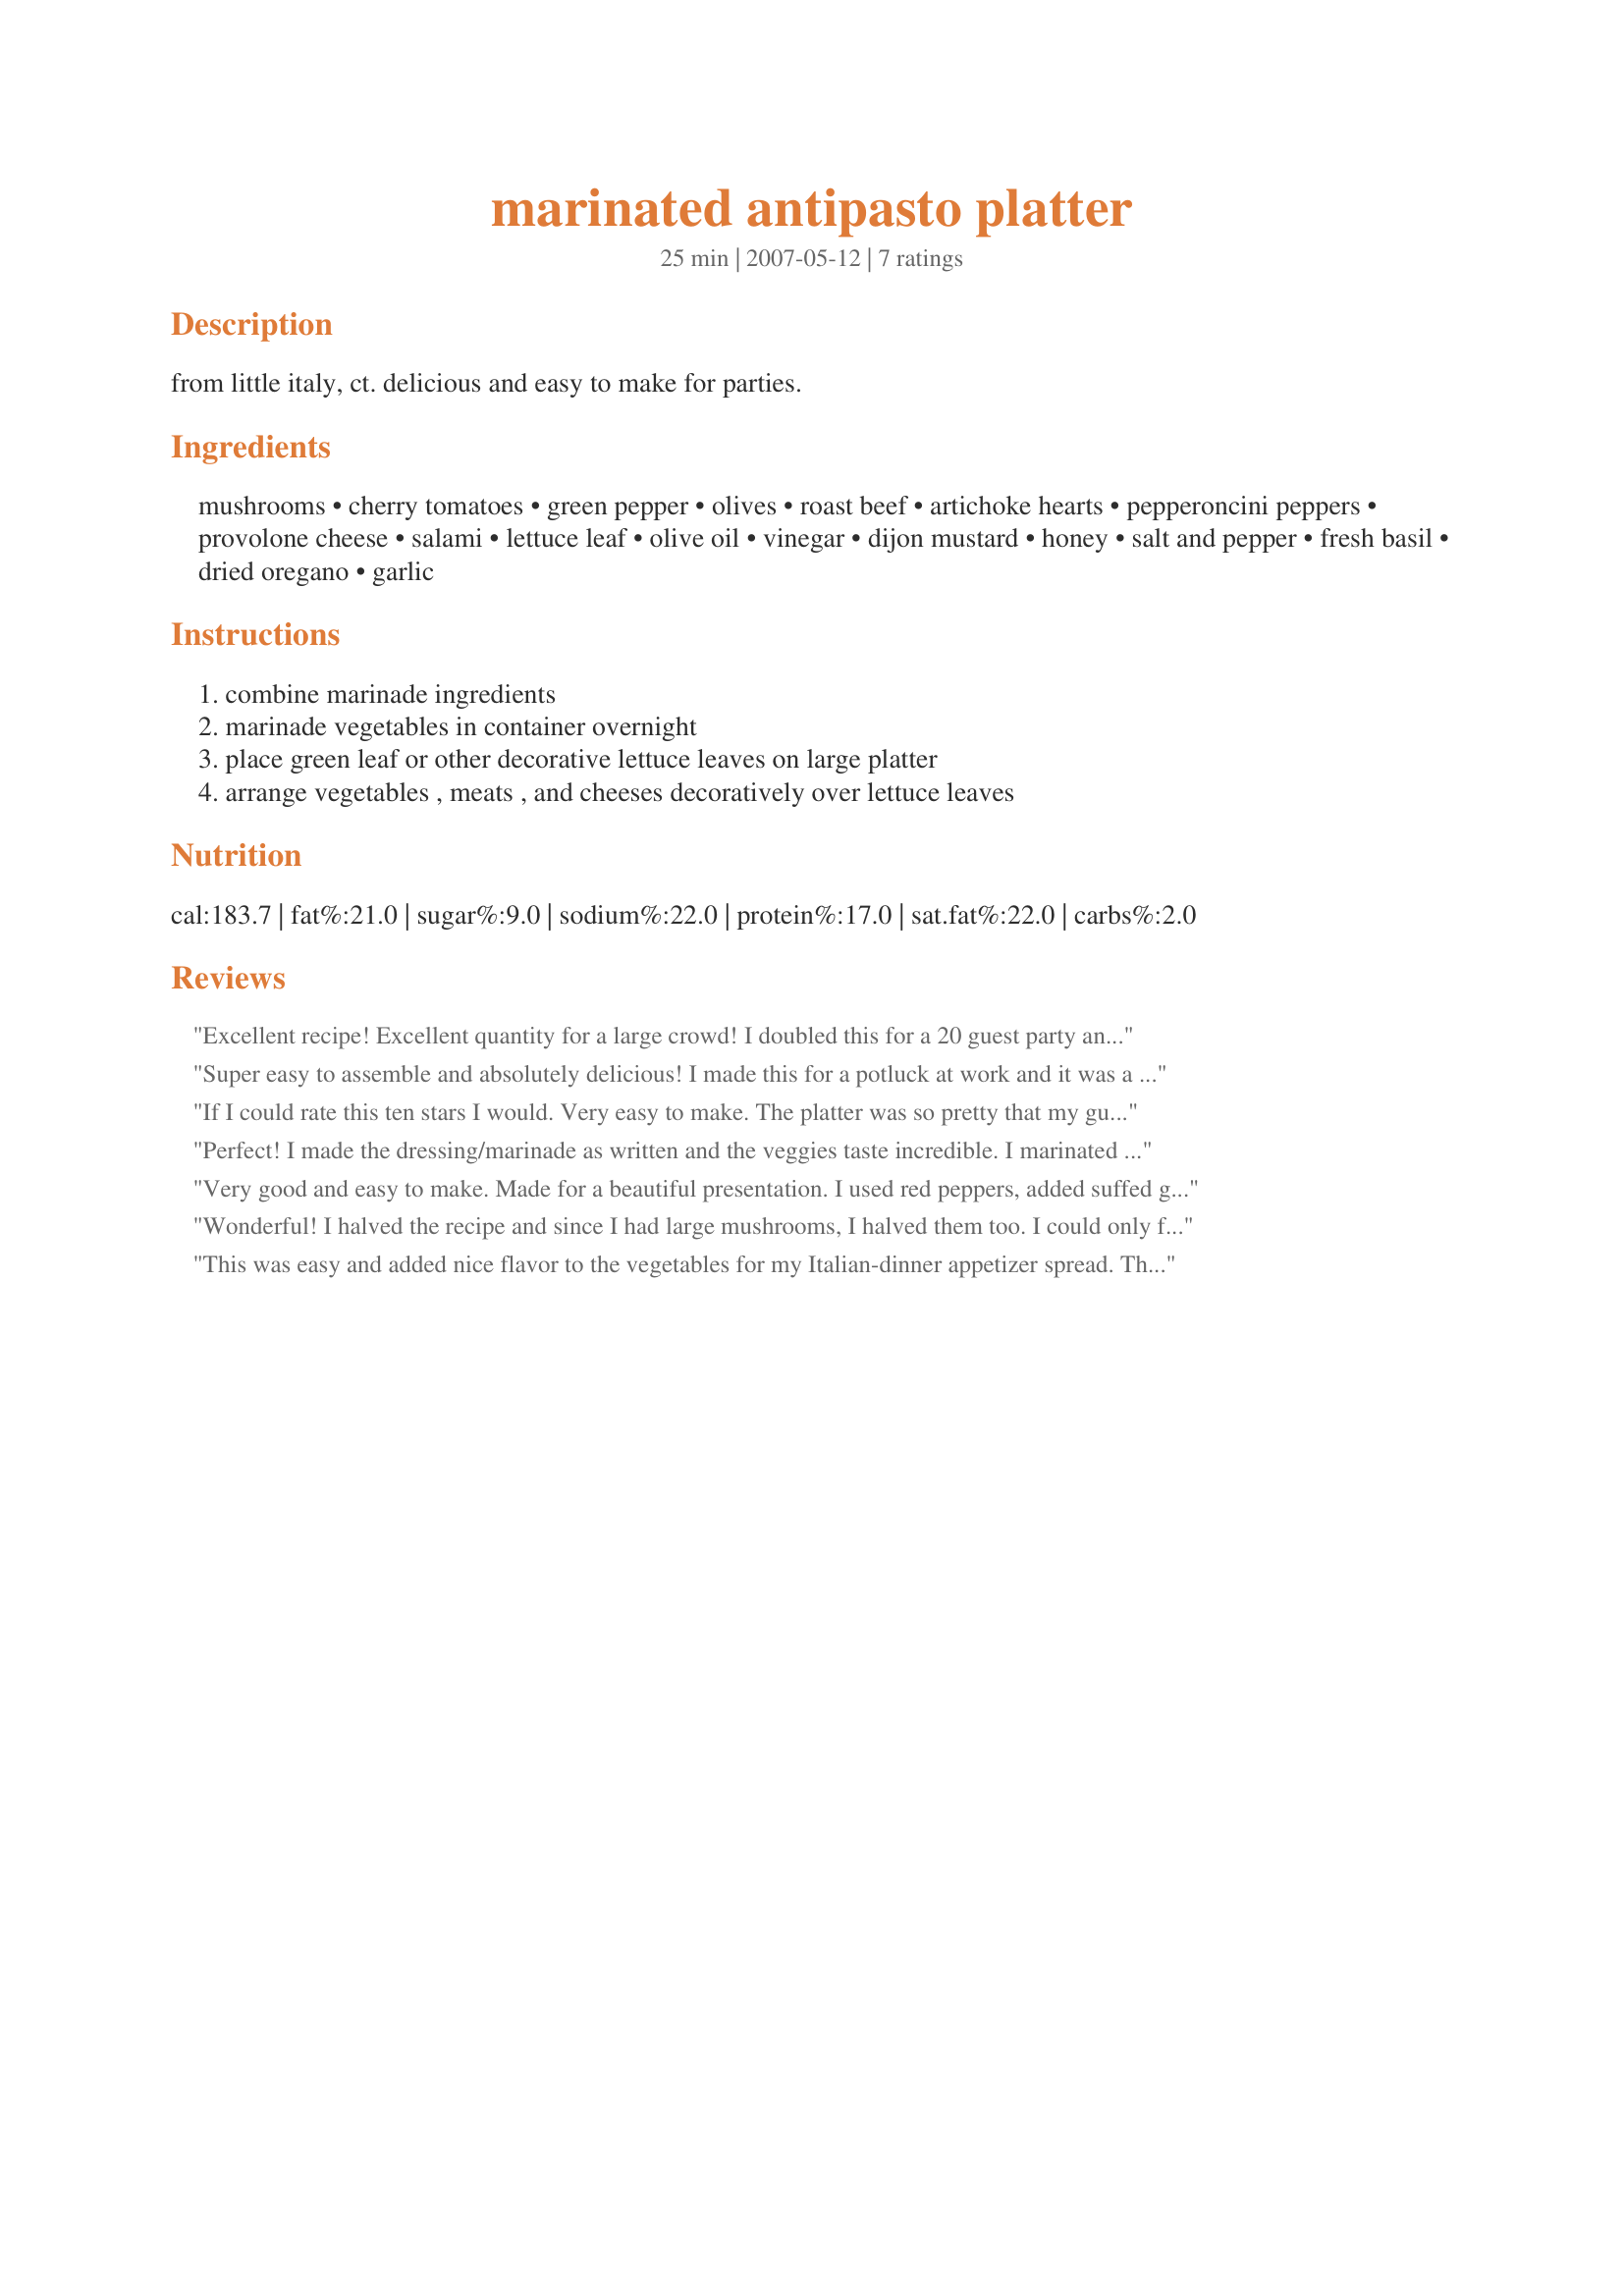
marinated antipasto platter
Preparation time: 25 minutes

from little italy, ct. delicious and easy to make for parties.

Ingredients:
mushrooms, cherry tomatoes, green pepper, olives, roast beef, artichoke hearts, pepperoncini peppers, provolone cheese, salami, lettuce leaf, olive oil, vinegar, dijon mustard, honey, salt and pepper, fresh basil, dried oregano, garlic

Steps:
combine marinade ingredients, marinade vegetables in container overnight, place green leaf or other decorative lettuce leaves on large platter, arrange vegetables , meats , and cheeses decoratively over lettuce leaves

Reviews:
Excellent recipe! Excellent quantity for a large crowd! I doubled this for a 20 guest party and all I heard were RAVES! Only used salami in several different flavors for the meat. The marinade will join the ranks of a frequently used recipe & frequently shared! Thanks for sharing this Vicki in CT!
Super easy to assemble and absolutely delicious! I made this for a potluck at work and it was a hit. Thanks!
If I could rate this ten stars I would. Very easy to make. The platter was so pretty that my guests thought it was purchased. I was very proud to serve this dish. Not only was it pretty but heavenly delicious - especially if you like marinated veggies. The marinate was so good, I will use it on other things and possibly as a dressing. This would be very good on carrots and cauliflower. Made exactly as directed. Tip: know that a little salami goes a long way. I bought additional but did not need it.
Perfect! I made the dressing/marinade as written and the veggies taste incredible. I marinated asparagus, cherry tomatoes, sliced red peppers, 1/4 inch sliced cucumber, and mushrooms, overnight. The asparagus was blanched, the others were raw.<br/><br/>I changed up the main ingredients to suit our tastes (I used salami, prosciutto, gruyere, bocconcini and olives. The platter looked and tasted amazing.<br/><br/>Thank you!!<br/><br/>Update: Since my original review I've been asked to make this several times for family functions. This is an amazing dressing and the veggies taste better the longer you leave them. I've marinated them up to 4 days before a party and they remain crisp yet sooooo flavourful! Red wine vinegar is the way to go, it gives the best flavour.
Very good and easy to make. Made for a beautiful presentation. I used red peppers, added suffed green olives and used red wine vinegar. I took it to my Mom's for Christmas. Everyone wanted the recipe. Great alternative to chips and dip. Thanks for a great recipe.
Wonderful! I halved the recipe and since I had large mushrooms, I halved them too. I could only find sliced provolone, so ended up using that. I tasted this when I first made it, and marinating overnight really made the flavors meld wonderfully. Thanks Vicki for a great treat! Made for ZWT4.
This was easy and added nice flavor to the vegetables for my Italian-dinner appetizer spread. Thanks for sharing!
